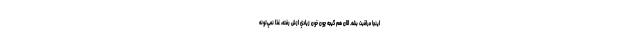
اينجا مراقبت بشه. الان هم گيجه چون خون زيادي ازش رفته، غذا نمي‌تونه